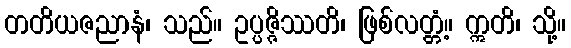
တတိယဇညာနံ၊ သည်။ ဥပ္ပဇ္ဇိဿတိ၊ ဖြစ်လတ္တံ့။ ဣတိ၊ သို့။